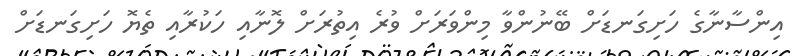
އިންސާނާގެ ހަށިގަނޑަށް ބޭނުންވާ މިންވަރަށް ވުރެ އިތުރަށް ލޮނާއި ހަކުރާއި ތެޔޮ ހަށިގަނޑަށް